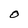
Character: O